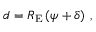
d = { { R } _ { \mathrm { E } } } \left( \psi + \delta \right) \, ,